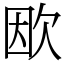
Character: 欭